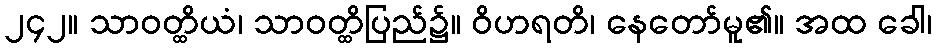
၂၄၂။ သာဝတ္ထိယံ၊ သာဝတ္ထိပြည်၌။ ဝိဟရတိ၊ နေတော်မူ၏။ အထ ခေါ၊